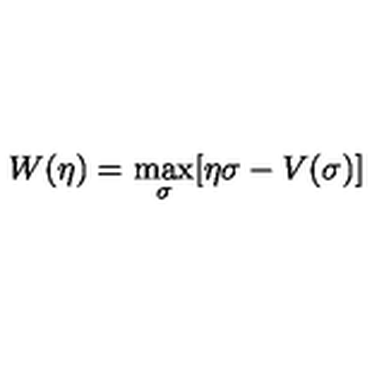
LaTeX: W ( \eta ) = \max _ { \sigma } [ \eta \sigma - V ( \sigma ) ]